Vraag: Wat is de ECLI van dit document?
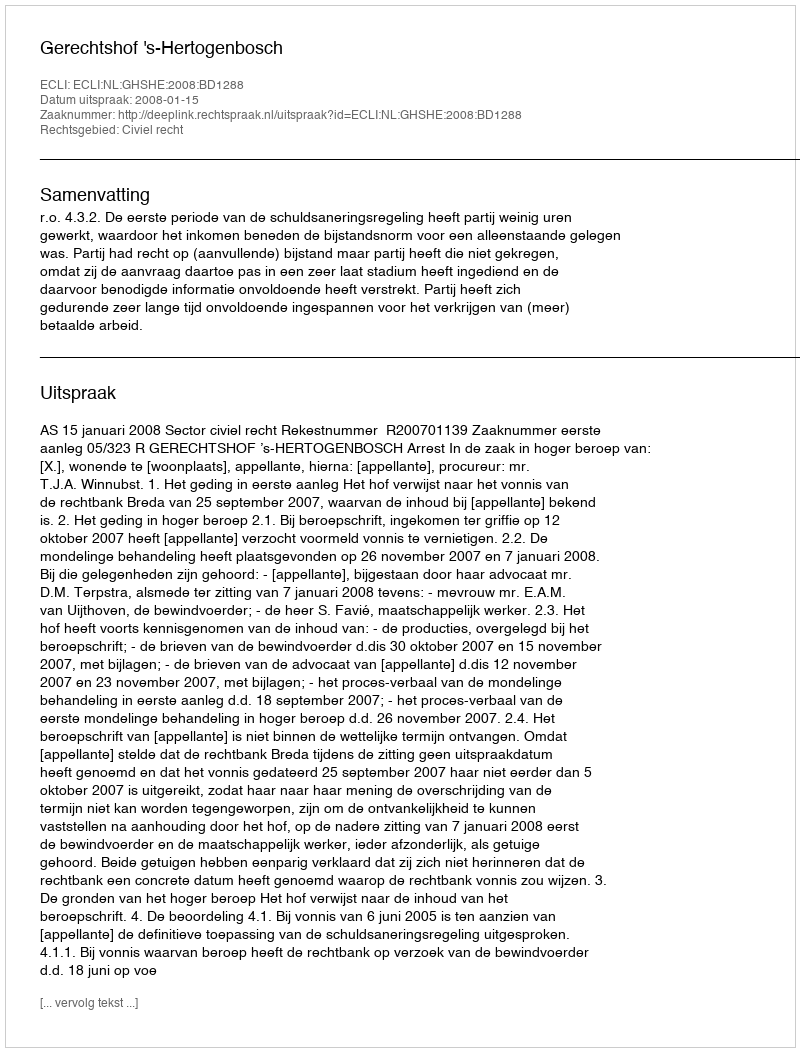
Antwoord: ECLI:NL:GHSHE:2008:BD1288